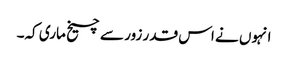
انہوں نے اس قدر زور سے چیخ ماری کہ۔